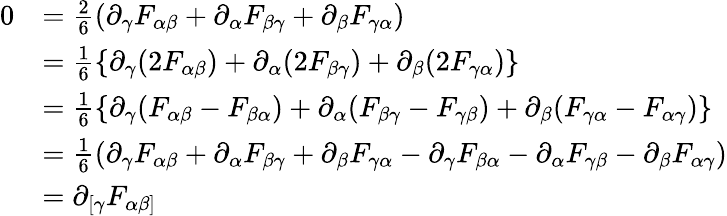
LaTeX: {\begin{array}{rl}{0}&{={\begin{array}{l}{{\frac{2}{6}}}\end{array}}(\partial_{\gamma}F_{\alpha\beta}+\partial_{\alpha}F_{\beta\gamma}+\partial_{\beta}F_{\gamma\alpha})}\\ &{={\begin{array}{l}{{\frac{1}{6}}}\end{array}}\{ \partial_{\gamma}(2F_{\alpha\beta})+\partial_{\alpha}(2F_{\beta\gamma})+\partial_{\beta}(2F_{\gamma\alpha})\} }\\ &{={\begin{array}{l}{{\frac{1}{6}}}\end{array}}\{ \partial_{\gamma}(F_{\alpha\beta}-F_{\beta\alpha})+\partial_{\alpha}(F_{\beta\gamma}-F_{\gamma\beta})+\partial_{\beta}(F_{\gamma\alpha}-F_{\alpha\gamma})\} }\\ &{={\begin{array}{l}{{\frac{1}{6}}}\end{array}}(\partial_{\gamma}F_{\alpha\beta}+\partial_{\alpha}F_{\beta\gamma}+\partial_{\beta}F_{\gamma\alpha}-\partial_{\gamma}F_{\beta\alpha}-\partial_{\alpha}F_{\gamma\beta}-\partial_{\beta}F_{\alpha\gamma})}\\ &{=\partial_{[\gamma}F_{\alpha\beta]}}\end{array}}